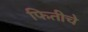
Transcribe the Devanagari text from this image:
फितीचे